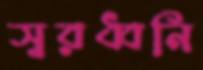
স্বরধ্বনি